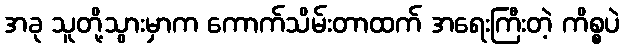
အခု သူတို့သွားမှာက ကောက်သိမ်းတာထက် အရေးကြီးတဲ့ ကိစ္စပဲ